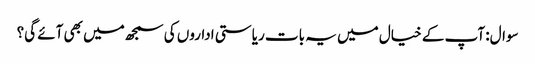
سوال: آپ کے خیال میں یہ بات ریاستی اداروں کی سمجھ میں بھی آئے گی؟